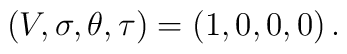
(V,\sigma ,\theta ,\tau)=(1,0,0,0)\,.